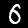
Digit: 6